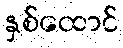
နှစ်ထောင်